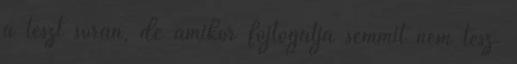
a teszt során, de amikor fojtogatja semmit nem tesz.